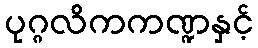
ပုဂ္ဂလိကကဏ္ဍနှင့်